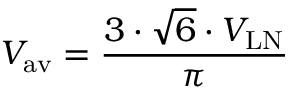
V _ { \mathrm { a v } } = { \frac { 3 \cdot { \sqrt { 6 } } \cdot V _ { \mathrm { L N } } } { \pi } }